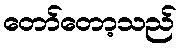
တော်တော့သည်